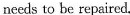
needs to be repaired.